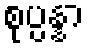
စုပ္ပန္နာ